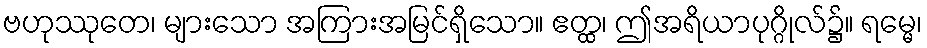
ဗဟုဿုတေ၊ များသော အကြားအမြင်ရှိသော။ ဧတ္ထ၊ ဤအရိယာပုဂ္ဂိုလ်၌။ ရမ္မေ၊